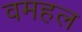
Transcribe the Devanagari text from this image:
वमहल